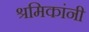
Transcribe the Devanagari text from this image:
श्रमिकांनी